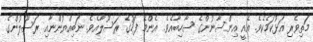
މަތިވެރި އަޅުކަމެކެވެ. އެއީ އިންސާނުންގެ ސާހިބާއެވެ. އެންމެ ފަހުގެ ރަސޫލާއެވެ. ނަބިއްޔުންނާއި ރަސޫލުންގެ